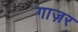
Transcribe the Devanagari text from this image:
गाज़र